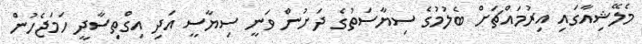
މެލޭޝިއާގައި އިރުމައްޗަށް ބެލުމުގެ ސިޔާސަތުގެ ދަށުން ވަނީ ސިޔާސީ އަދި އިގްތިސާދީ ހަމަޖެހުން